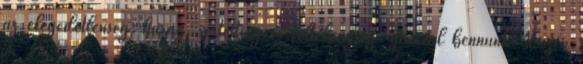
az elégedetlenség, harag, sértettség és féltékenység. generál bennünk Hiszen